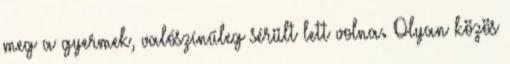
meg a gyermek, valószínűleg sérült lett volna. Olyan közös